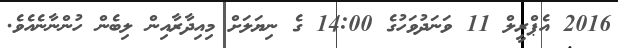
2016 އެޕްރީލް 11 ވަނަދުވަހުގެ 14:00 ގެ ނިޔަލަށް މިއިދާރާއިން ލިބެން ހުންނާނެއެވެ.